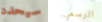
سيحدد الرسمي